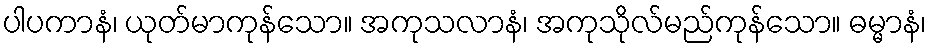
ပါပကာနံ၊ ယုတ်မာကုန်သော။ အကုသလာနံ၊ အကုသိုလ်မည်ကုန်သော။ ဓမ္မာနံ၊